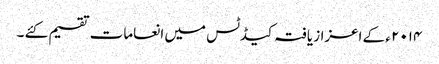
۲۰۱۴ ء کے اعزاز یافتہ کیڈٹس میں انعامات تقسیم کئے ۔